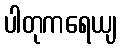
ပါတုကရေယျ